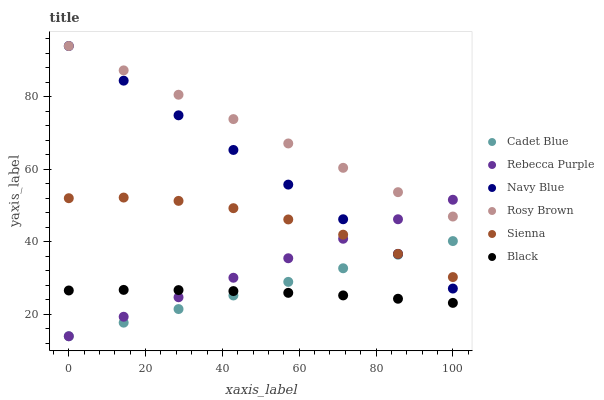
| xaxis_label | Cadet Blue | Rebecca Purple | Navy Blue | Rosy Brown | Sienna | Black |
 | --- | --- | --- | --- | --- | --- | --- |
 | 0 | 14 | 14 | 94 | 94 | 52.1 | 26.6 |
 | 14.3 | 17.7 | 19.4 | 84.5 | 87.3 | 52.2 | 26.8 |
 | 28.6 | 21.5 | 24.8 | 74.9 | 80.6 | 51.3 | 26.7 |
 | 42.9 | 25.2 | 30.1 | 65.4 | 73.9 | 49.3 | 26.5 |
 | 57.1 | 29 | 35.5 | 55.8 | 67.1 | 46.2 | 26 |
 | 71.4 | 32.7 | 40.9 | 46.3 | 60.4 | 42 | 25.3 |
 | 85.7 | 36.5 | 46.3 | 36.7 | 53.7 | 36.7 | 24.3 |
 | 100 | 40.2 | 51.6 | 27.2 | 47 | 30.3 | 23.2 |